Leaving Certificate Examination, 1911
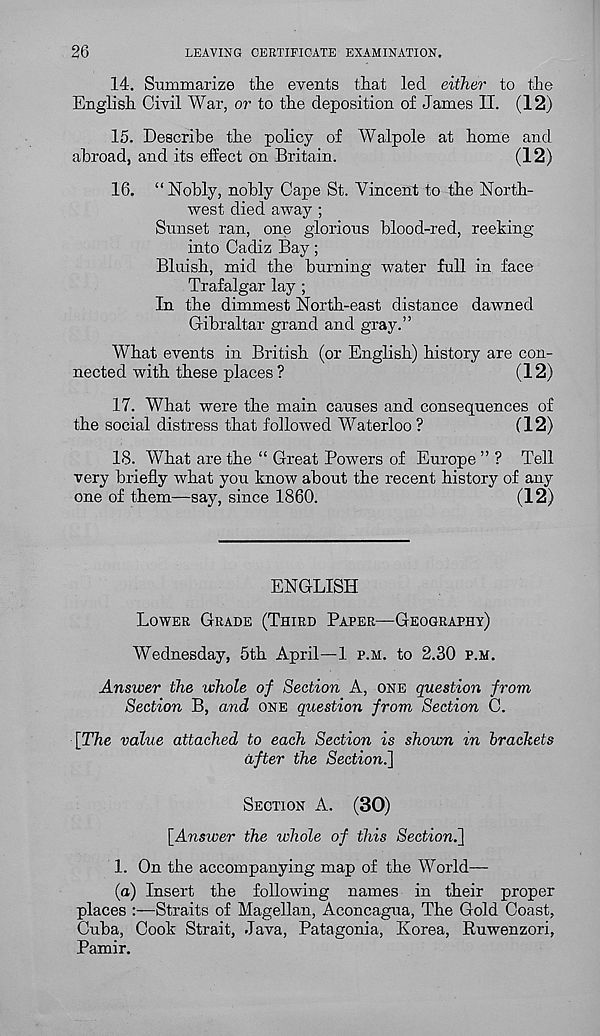
26
LEAVING CERTIFICATE EXAMINATION.
14. Summarize the events that led either to the
English Civil War, or to the deposition of James II. (12)
15. Describe the policy of Walpole at home and
abroad, and its effect on Britain.
(12)
16. “Nobly, nobly Cape St. Vincent to the North-
west died away ;
Sunset ran, one glorious blood-red, reeking
into Cadiz Bay;
Bluish, mid the burning water full in face
Trafalgar lay ;
In the dimmest North-east distance dawned
Gibraltar grand and gray.”
What events in British (or English) history are con-
nected with these places ?
(12)
17. What were the main causes and consequences of
the social distress that followed Waterloo?
(12)
18. What are the “ Great Powers of Europe ” ? Tell
very briefly what you know about the recent history of any
one of them—say, since 1860.
(12)
ENGLISH
LOWER GRADE (THIRD PAPER—GEOGRAPHY)
Wednesday, 5th April—1 P.H. to 2.30 P.M.
Answer the whole of Section A, ONE question from
Section B, and ONE question from Section C.
[The value attached to each Section is shown in brackets
after the Section^]
SECTION A.
(30)
[Answer the whole of this Section.]
1. On the accompanying map of the World—
(a) Insert the following names in their proper
places :—Straits of Magellan, Aconcagua, The Gold Coast,
Cuba, Cook Strait, Java, Patagonia, Korea, Ruwenzori,
Pamir.